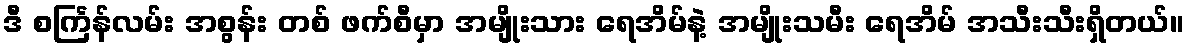
ဒီ စင်္ကြန်လမ်း အစွန်း တစ် ဖက်စီမှာ အမျိုးသား ရေအိမ်နဲ့ အမျိုးသမီး ရေအိမ် အသီးသီးရှိတယ်။